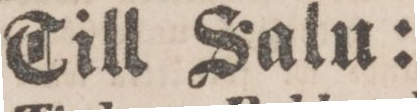
Till Salu: